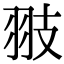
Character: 翄